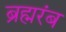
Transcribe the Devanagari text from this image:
ब्रह्मरंब